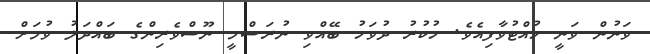
ވަނުން ވަނީ ހުއްޓުވާފިއެވެ. ހުކުރު ދުވަހު ބޭއްވި ނުރަސްމީ ނޫސްވެރިންގެ ބައްދަލު ވުމަށް